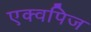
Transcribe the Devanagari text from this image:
एक्वपिज